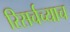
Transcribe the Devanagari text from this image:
रिसर्चच्याच